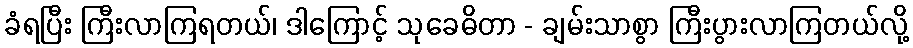
ခံရပြီး ကြီးလာကြရတယ်၊ ဒါကြောင့် သုခေဓိတာ - ချမ်းသာစွာ ကြီးပွားလာကြတယ်လို့